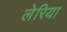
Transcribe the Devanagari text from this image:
लेरिया